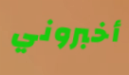
أخبروني